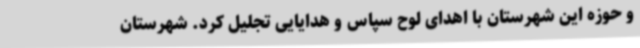
و حوزه این شهرستان با اهدای لوح سپاس و هدایایی تجلیل کرد. شهرستان